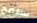
سامح